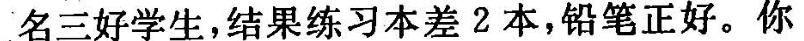
名三好学生，结果练习本差2本，铅笔正好。你